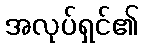
အလုပ်ရှင်၏